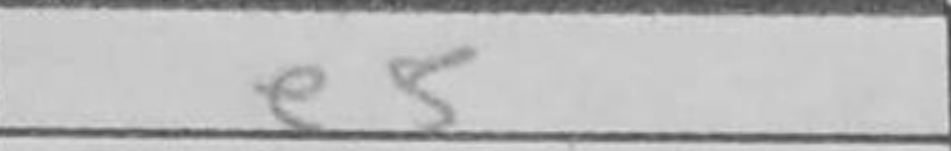
Transcription: e5